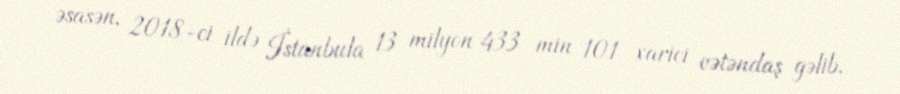
əsasən, 2018-ci ildə İstanbula 13 milyon 433 min 101 xarici vətəndaş gəlib.